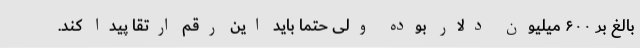
بالغ بر ۶۰۰ میلیون دلار بوده ولی حتما باید این رقم ارتقا پیدا کند.